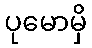
ပုမောမှိ